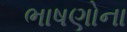
ભાષણોના